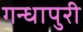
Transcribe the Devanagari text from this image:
गन्धापुरी